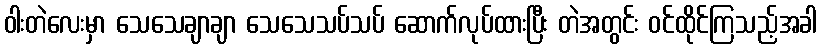
ဝါးတဲလေးမှာ သေသေချာချာ သေသေသပ်သပ် ဆောက်လုပ်ထားပြီး တဲအတွင်း ဝင်ထိုင်ကြသည့်အခါ